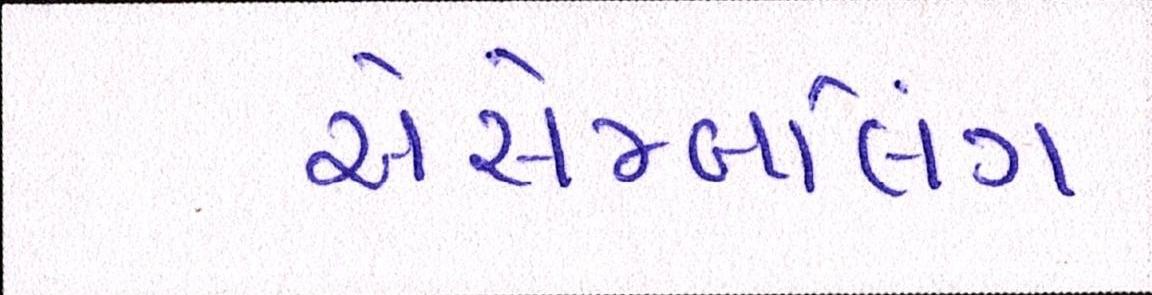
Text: એસેમ્બલિંગ